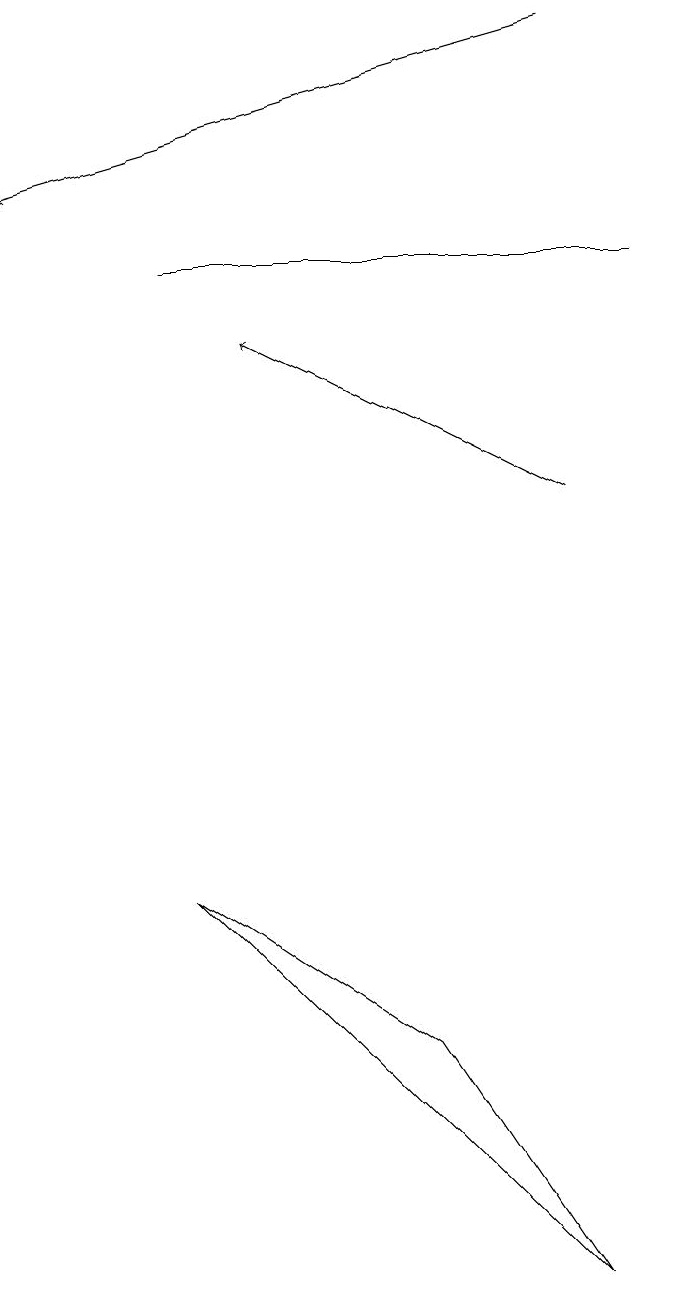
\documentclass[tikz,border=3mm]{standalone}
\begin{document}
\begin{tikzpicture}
\draw[->] (8,16) -- (1,14);
\draw[->] (8,10) -- (4,12);
\draw (9,13) rectangle (3,13);
\draw (6,3) -- (8,0) -- (3,5) -- cycle;
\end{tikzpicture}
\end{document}